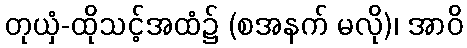
တုယှံ-ထိုသင့်အထံ၌ (စအနက် မလို)၊ အာဝိ